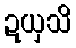
ဍယှသိ